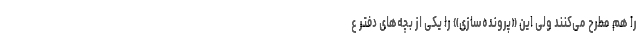
را هم مطرح می‌کنند ولی این «پرونده‌سازی» را یکی از بچه‌های دفتر ع